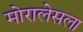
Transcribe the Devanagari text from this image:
मोरालेसला